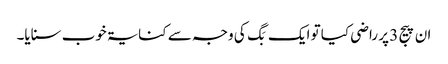
ان پیج 3 پر راضی کیا تو ایک بَگ کی وجہ سے کنایۃ خوب سنایا۔